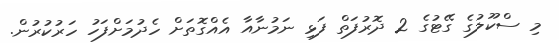
މި ސްކޫލުގެ ގޭޓުގެ 2 ދޮރުފަތް ފަޅި ނަމުނާއާ އެއްގޮތަށް ހެދުމަށްފަހު ހަރުކުރުން.